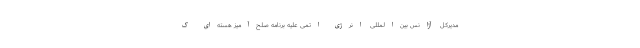
مدیرکل آژانس بین‌المللی انرژی اتمی علیه برنامه صلح‌آمیز هسته‌ای ک